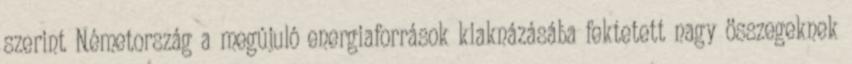
szerint Németország a megújuló energiaforrások kiaknázásába fektetett nagy összegeknek